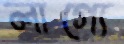
লাগ্যে